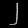
Digit: ၂